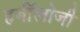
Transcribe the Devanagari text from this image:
हर्बॉलोजी